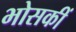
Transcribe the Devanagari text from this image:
भोसकीं